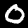
Digit: 0